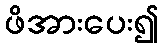
ဖိအားပေး၍